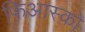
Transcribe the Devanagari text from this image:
फिआस्को